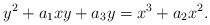
\begin{align*}y^2 + a_1 xy + a_3 y = x^3 + a_2 x^2.\end{align*}